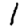
Digit: 1